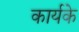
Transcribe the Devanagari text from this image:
कार्यके